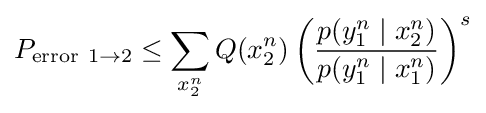
P_{\mathrm {error} \ 1\to 2}\leq \sum _{x_{2}^{n}}Q(x_{2}^{n})\left({\frac {p(y_{1}^{n}\mid x_{2}^{n})}{p(y_{1}^{n}\mid x_{1}^{n})}}\right)^{s}